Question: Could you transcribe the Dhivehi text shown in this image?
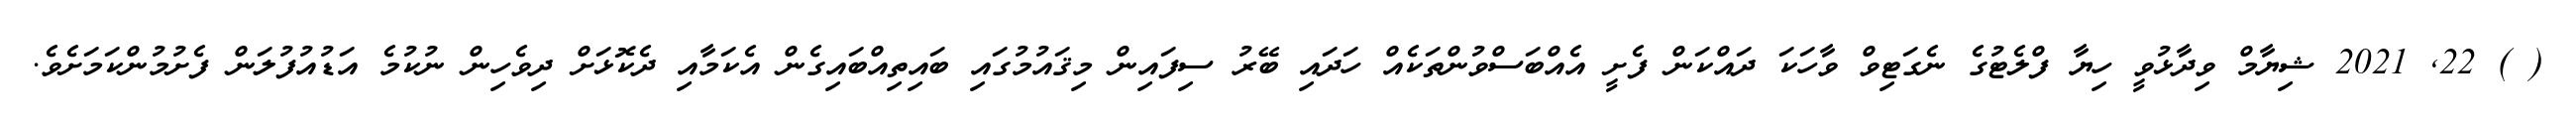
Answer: ( ) 22, 2021 ޝިޔާމް ވިދާޅުވީ ހިޔާ ފްލެޓުގެ ނެގަޓިވް ވާހަކަ ދައްކަން ފެށީ އެއްބަސްވުންތަކެއް ހަދައި ބޭރު ސިފައިން މިޤައުމުގައި ބައިތިއްބައިގެން އެކަމާއި ދެކޮޅަށް ދިވެހިން ނުކުމެ އަޑުއުފުލަން ފެށުމުންކަމަށެވެ.